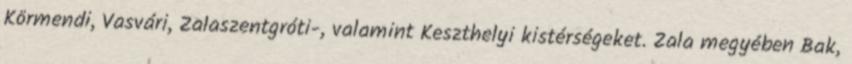
Körmendi, Vasvári, Zalaszentgróti-, valamint Keszthelyi kistérségeket. Zala megyében Bak,